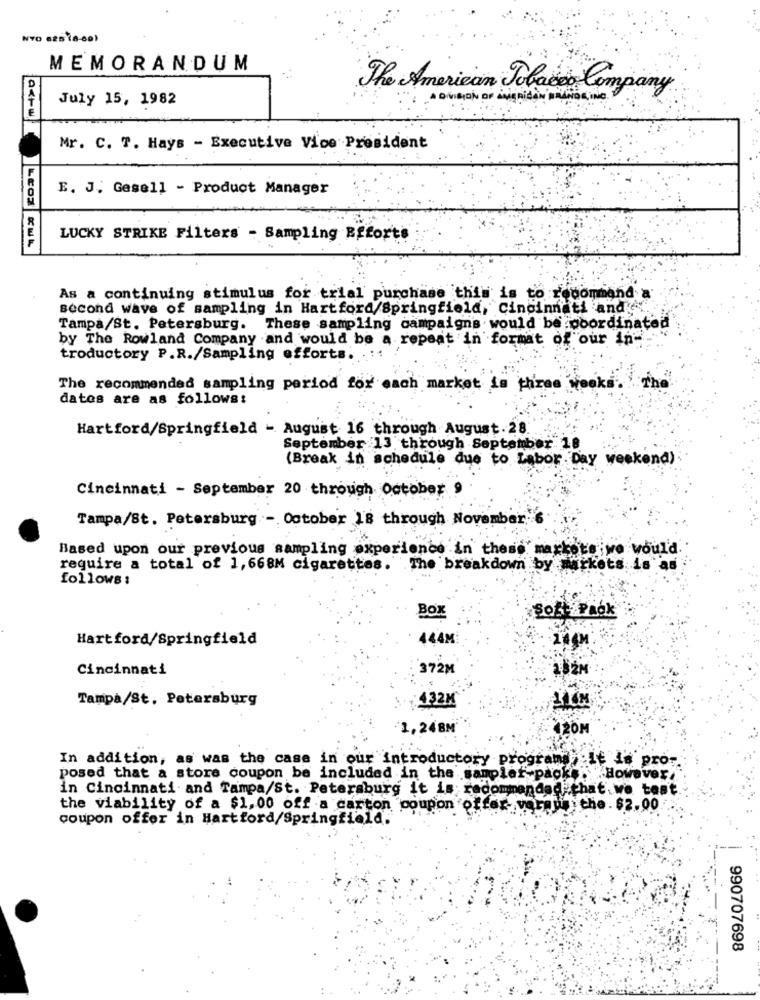
NYO s2818-60)
MEMORANDUM
The American Jolaser Company
July 15, 1982
A DIVISION OF AMERICAN MMANDE IN
Mr. C. 7. Hays - Executive Vice President
E. J. Gesell - Product Manager
LUCKY STRIKE Filters - Sampling BEforte
actu LEOS KWL
As a continuing stimulus for trial purchase this is to recommend a
second wave of sampling in Hartford/Springfield, Cincinnati and
Tampa/St. Petersburg. These sampling campaigns would be poordinatea
by The Rowland Company and would be a repeat in format of our in-
troductory P.R./Sampling efforts.
The recommended sampling period for each market is three weeks
The
datos are as follows:
Hartford/Springfield - August 16 through August. 28
September 13 through September 18
(Break in schedule due to Labor Day weekend)
Cincinnati - September 20 through. October
Tampa/St. Petersburg - October 18 through November ..
Based upon our previous sampling experience in these max
would.
require a total of 1,668M cigarettes.
The breakdown by markets is as
follows :
Box
Soft Pack
Hartford/Springfield
444M
Cincinnati
372M
Tampa/St. Petersburg
432M
1,248M
120M
In addition, as was the case in our introductory programs it is pro-
posed that a store coupon be included in the samplef-packs However,
in Cincinnati and Tampa/St. Petersburg it is recommended that.we test
the viability of a $1,00 off a carton coupon offer- voraus: the. $2.00
coupon offer in Hartford/Springfield.
990707698